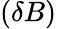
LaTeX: (\delta B)